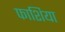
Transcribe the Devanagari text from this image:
फाशिया